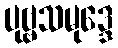
ပုဗ္ဗသမုဒ္ဒေ